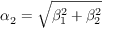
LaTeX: \alpha _ { 2 } = \sqrt { \beta _ { 1 } ^ { 2 } + \beta _ { 2 } ^ { 2 } }